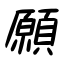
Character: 願